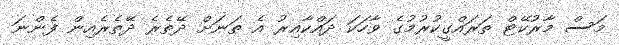
މަސް މާރުކޭޓް ތަރައްގީކުރުމުގެ ވާހަކަ ދައްކާއިރު އެ ތަނަށް ދޭތެރެ ދޭތެރެއިން ފެންނަ